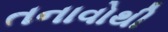
તનાવોથી